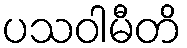
ပသဝါမီတိ